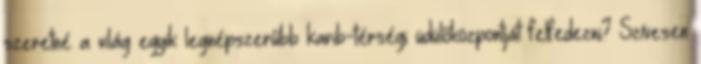
szeretné a világ egyik legnépszerűbb karib-térségi üdülőközpontját felfedezni? Szívesen